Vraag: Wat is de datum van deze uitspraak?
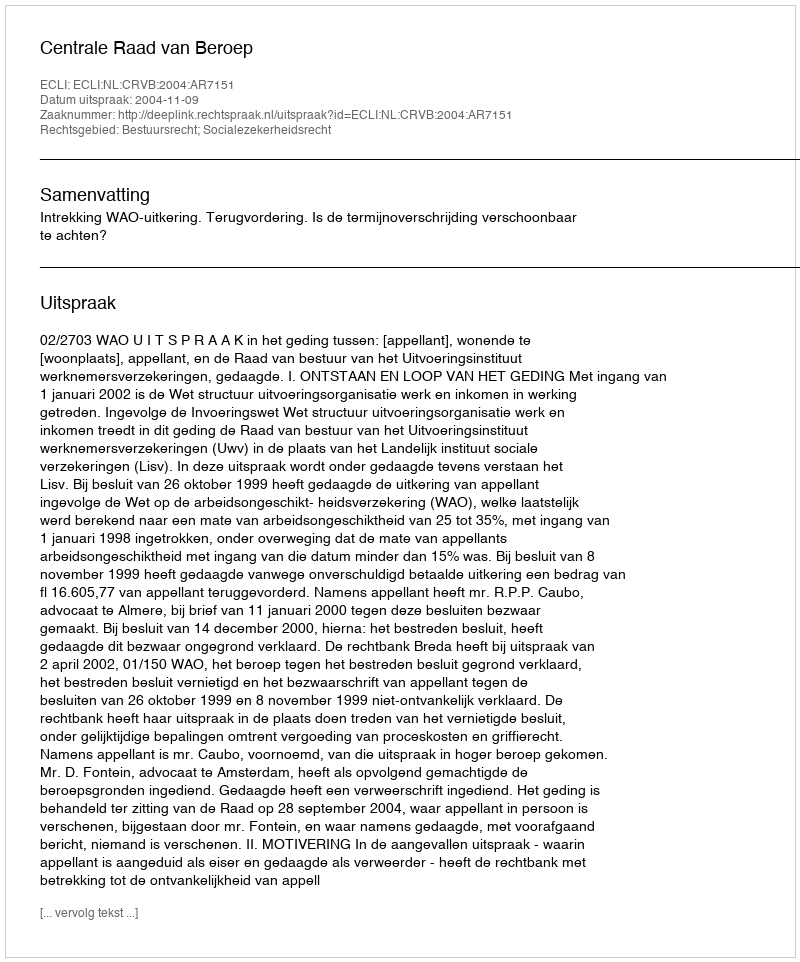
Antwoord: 2004-11-09